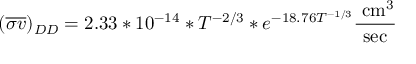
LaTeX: ( { \overline { { \sigma v } } } ) _ { D D } = 2 . 3 3 * 1 0 ^ { - 1 4 } * T ^ { - 2 / 3 } * e ^ { - 1 8 . 7 6 T ^ { - 1 / 3 } } { \frac { { \mathrm { ~ c m } } ^ { 3 } } { \mathrm { s e c } } }